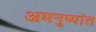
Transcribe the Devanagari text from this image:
अमनुष्यांत